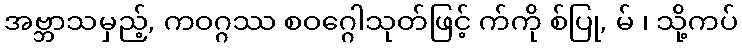
အဗ္ဘာသမှည့်, ကဝဂ္ဂဿ စဝဂ္ဂေါသုတ်ဖြင့် က်ကို စ်ပြု, မ် ၊ သို့ကပ်